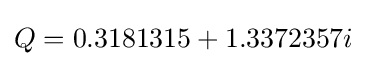
Q=0.3181315+1.3372357i